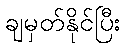
ချမှတ်နိုင်ပြီး